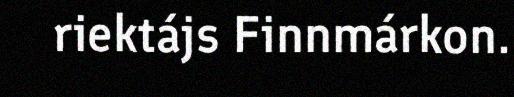
riektájs Finnmárkon.